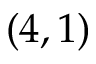
( 4 , 1 )